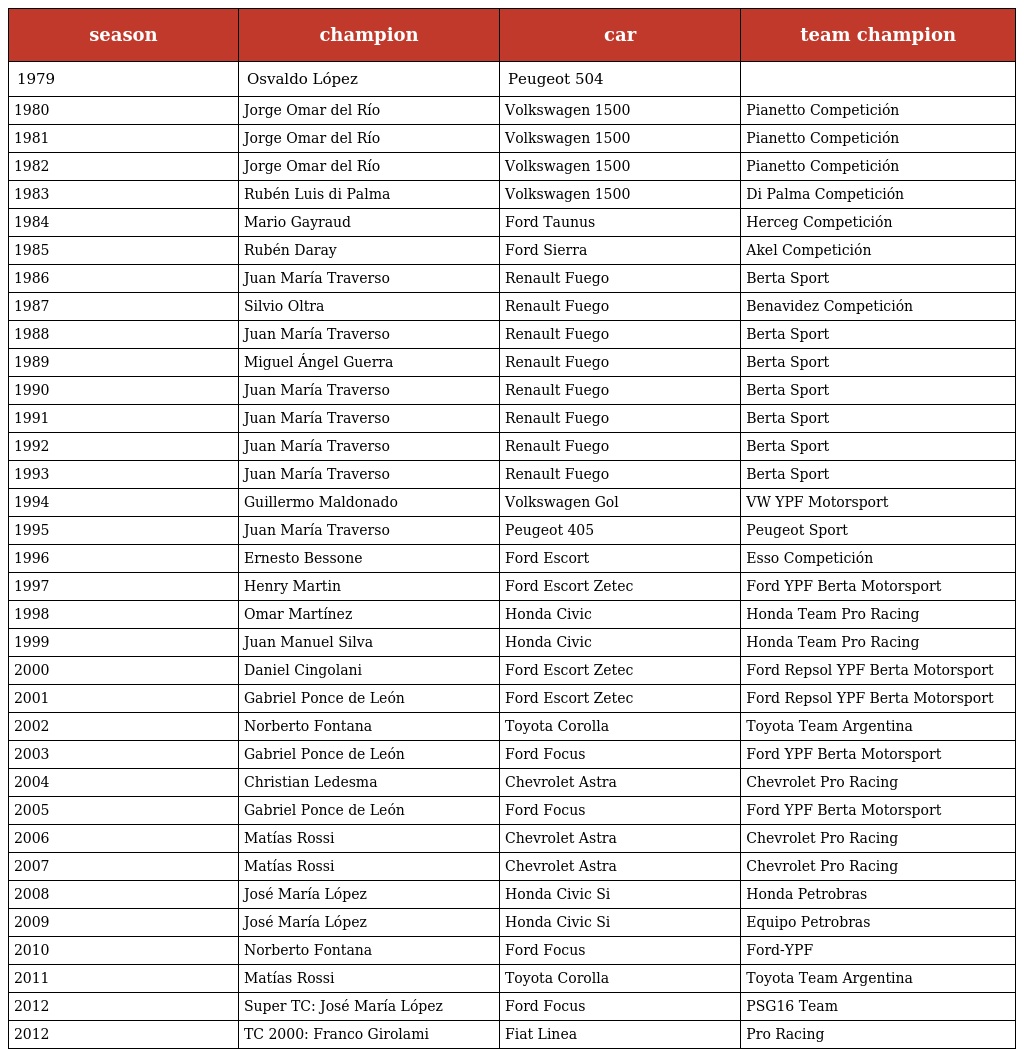
| season | champion | car | team champion |
 | --- | --- | --- | --- |
 | 1979 | Osvaldo López | Peugeot 504 |  |
 | 1980 | Jorge Omar del Río | Volkswagen 1500 | Pianetto Competición |
 | 1981 | Jorge Omar del Río | Volkswagen 1500 | Pianetto Competición |
 | 1982 | Jorge Omar del Río | Volkswagen 1500 | Pianetto Competición |
 | 1983 | Rubén Luis di Palma | Volkswagen 1500 | Di Palma Competición |
 | 1984 | Mario Gayraud | Ford Taunus | Herceg Competición |
 | 1985 | Rubén Daray | Ford Sierra | Akel Competición |
 | 1986 | Juan María Traverso | Renault Fuego | Berta Sport |
 | 1987 | Silvio Oltra | Renault Fuego | Benavidez Competición |
 | 1988 | Juan María Traverso | Renault Fuego | Berta Sport |
 | 1989 | Miguel Ángel Guerra | Renault Fuego | Berta Sport |
 | 1990 | Juan María Traverso | Renault Fuego | Berta Sport |
 | 1991 | Juan María Traverso | Renault Fuego | Berta Sport |
 | 1992 | Juan María Traverso | Renault Fuego | Berta Sport |
 | 1993 | Juan María Traverso | Renault Fuego | Berta Sport |
 | 1994 | Guillermo Maldonado | Volkswagen Gol | VW YPF Motorsport |
 | 1995 | Juan María Traverso | Peugeot 405 | Peugeot Sport |
 | 1996 | Ernesto Bessone | Ford Escort | Esso Competición |
 | 1997 | Henry Martin | Ford Escort Zetec | Ford YPF Berta Motorsport |
 | 1998 | Omar Martínez | Honda Civic | Honda Team Pro Racing |
 | 1999 | Juan Manuel Silva | Honda Civic | Honda Team Pro Racing |
 | 2000 | Daniel Cingolani | Ford Escort Zetec | Ford Repsol YPF Berta Motorsport |
 | 2001 | Gabriel Ponce de León | Ford Escort Zetec | Ford Repsol YPF Berta Motorsport |
 | 2002 | Norberto Fontana | Toyota Corolla | Toyota Team Argentina |
 | 2003 | Gabriel Ponce de León | Ford Focus | Ford YPF Berta Motorsport |
 | 2004 | Christian Ledesma | Chevrolet Astra | Chevrolet Pro Racing |
 | 2005 | Gabriel Ponce de León | Ford Focus | Ford YPF Berta Motorsport |
 | 2006 | Matías Rossi | Chevrolet Astra | Chevrolet Pro Racing |
 | 2007 | Matías Rossi | Chevrolet Astra | Chevrolet Pro Racing |
 | 2008 | José María López | Honda Civic Si | Honda Petrobras |
 | 2009 | José María López | Honda Civic Si | Equipo Petrobras |
 | 2010 | Norberto Fontana | Ford Focus | Ford-YPF |
 | 2011 | Matías Rossi | Toyota Corolla | Toyota Team Argentina |
 | 2012 | Super TC: José María López | Ford Focus | PSG16 Team |
 | 2012 | TC 2000: Franco Girolami | Fiat Linea | Pro Racing |